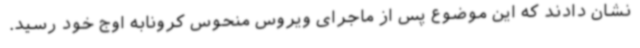
نشان دادند که این موضوع پس از ماجرای ویروس منحوس کرونابه اوج خود رسید.